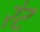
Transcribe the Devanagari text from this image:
रंट